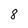
Character: 8